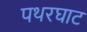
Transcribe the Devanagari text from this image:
पथरघाट